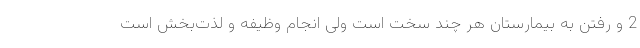
2 و رفتن به بیمارستان هر چند سخت است ولی انجام وظیفه و لذت‌بخش است